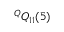
^ Q Q _ { 1 1 } ( 5 )